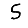
Digit: 5